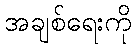
အချစ်ရေးကို